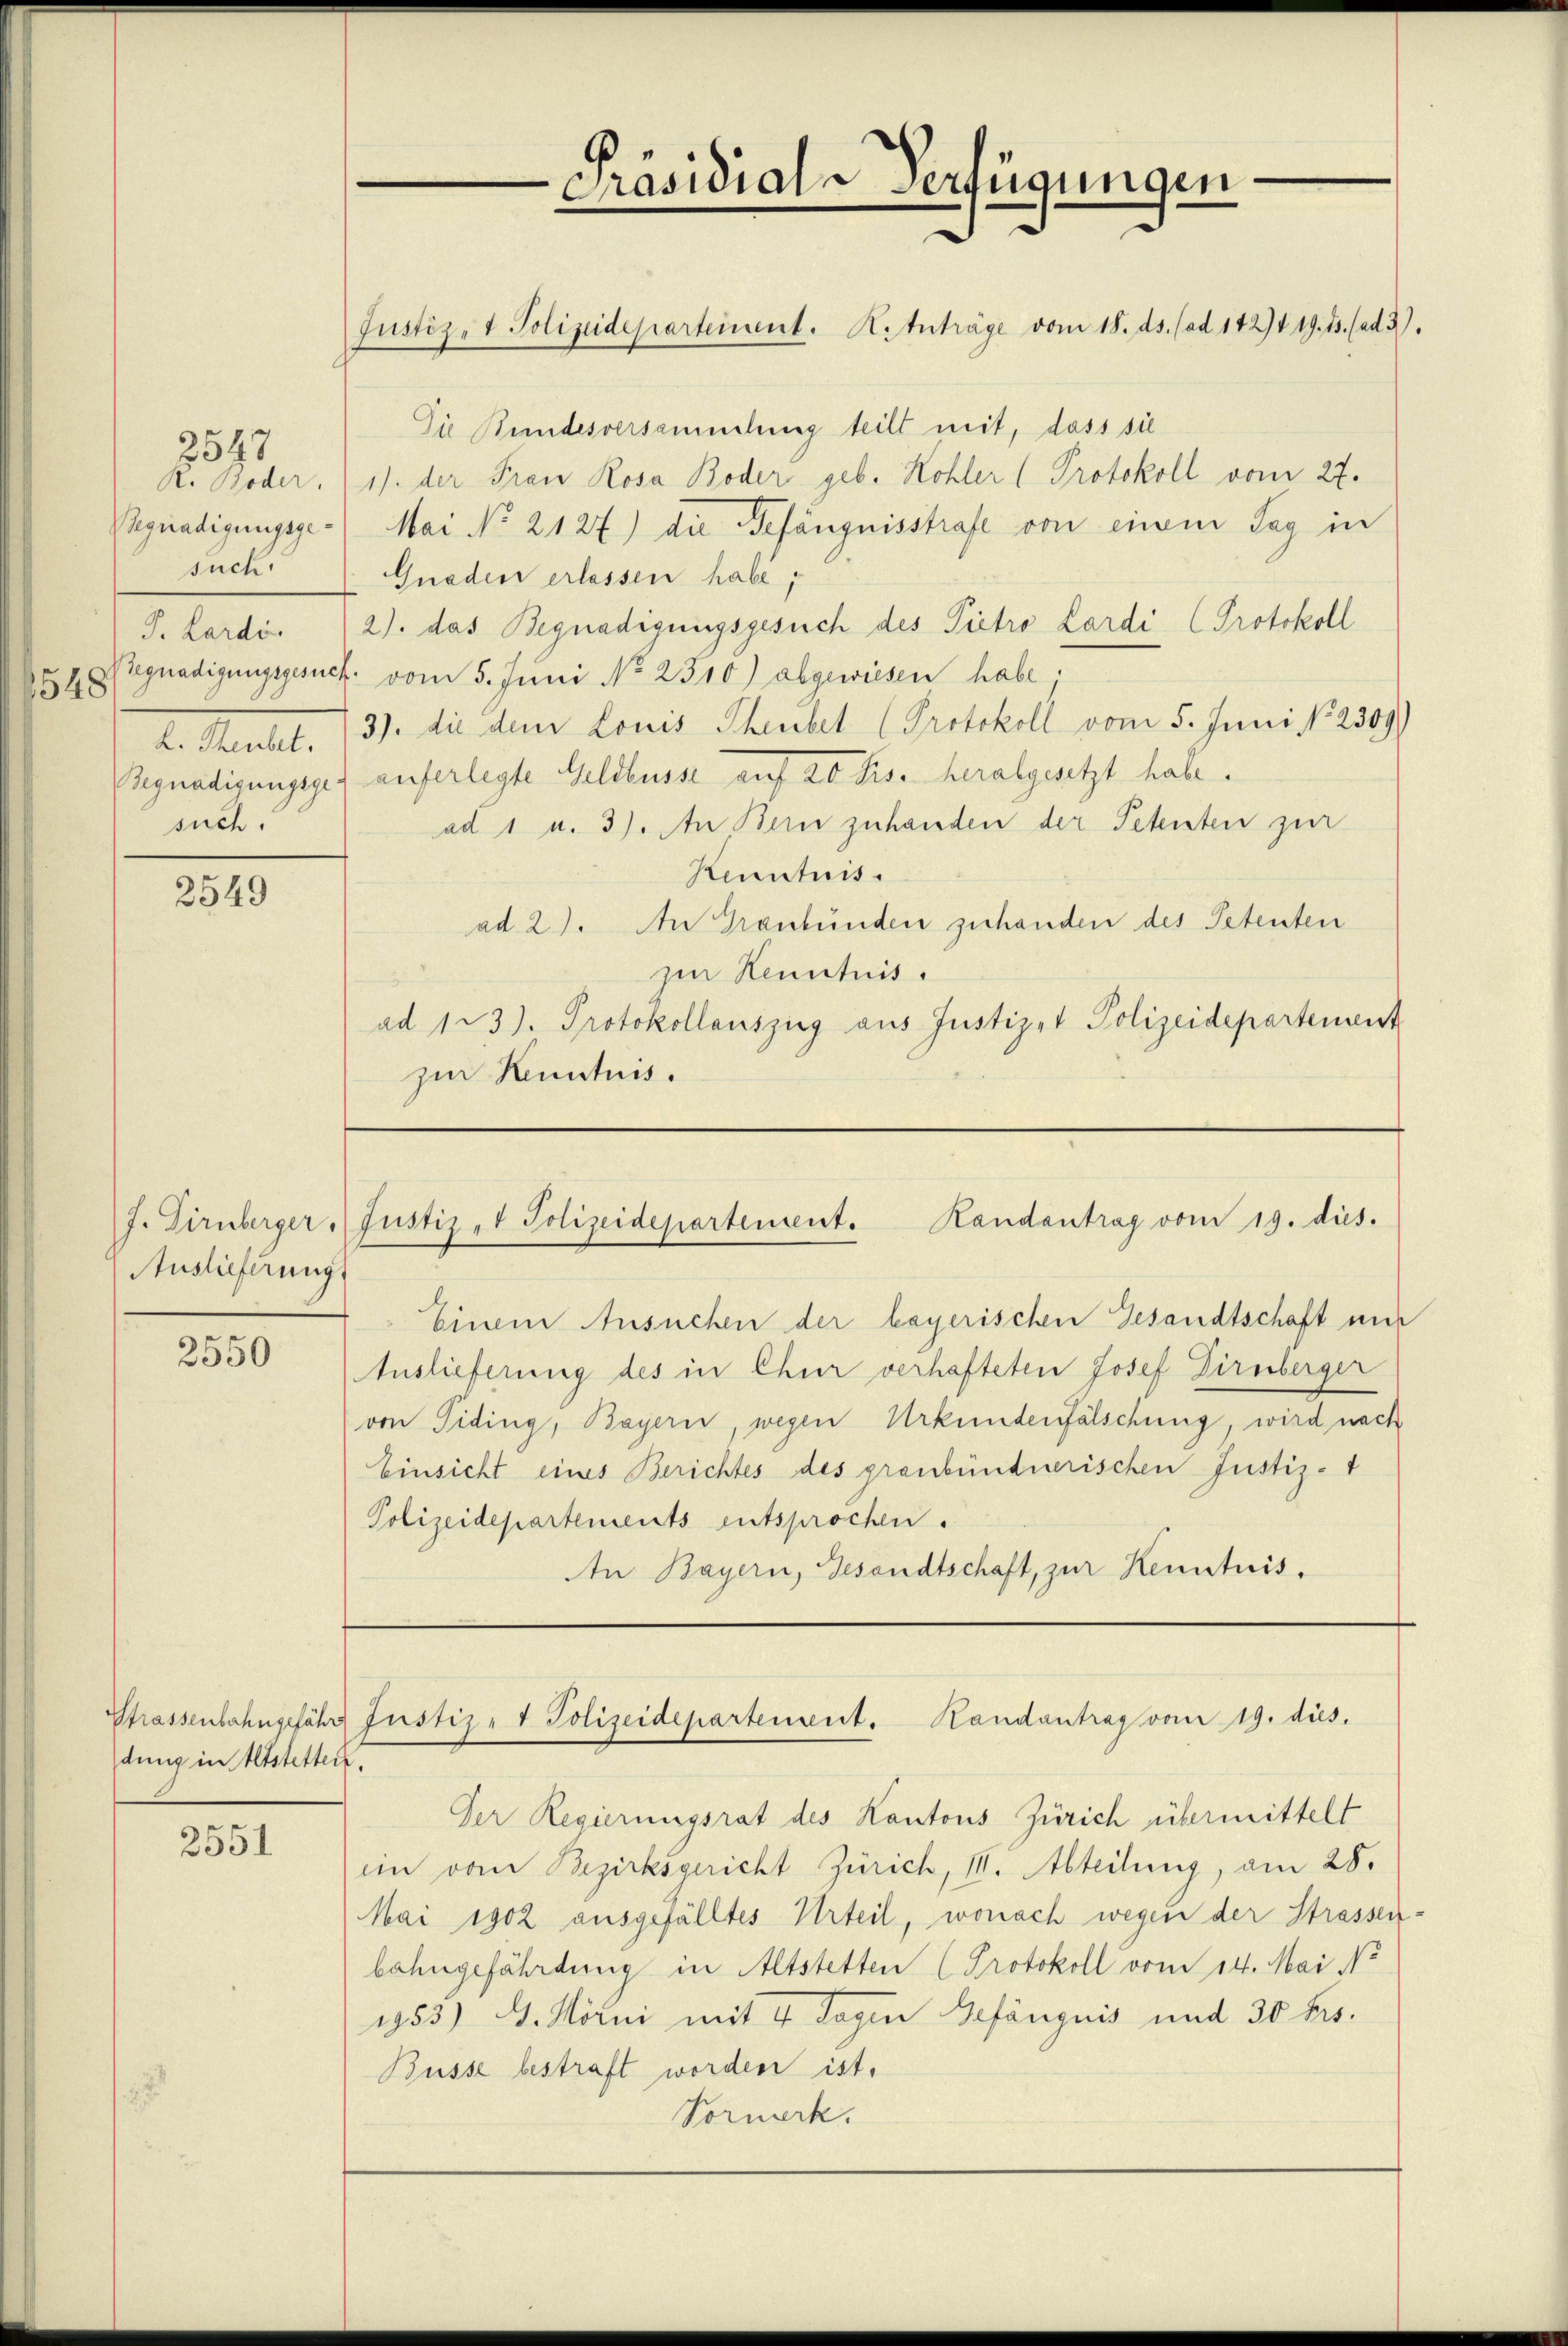
Begnadigungsgesuch
548
such.

2547

2549

J. Dirnberger
Auslieferung

2550

Ptrassenbahngefährt
dung in Altstetten.

2551

Präsidial-Verfügungen

ustiz- & Polizeidepartement. Handantrag vom 19. dies.

Einem Ansuchen der bayerischen Gesandtschaft und
Auslieferung des in Chur verhafteten Josef Dirnberger
von Piding, Bayern, wegen Urkundenfälschung, wird nach
Einsicht eines Berichtes des graubündnerischen Justiz-
Polizeidepartements entsprochen.
An Bayern, Gesandtschaft, zur Kenntnis.

Justiz- & Polizeideparteinent. Kotuträge vom 18. ds. (ad 1424 19. ds. (ad 3.
Die Bundesversammlung teilt mit, dass sie
R. Boder. (11. der Frau Rosa Boder geb. Kohler (Protokoll vom 27.
Mai No 2127) die Gefängnisstrafe von einem Tag in
Gnaden erlassen habe;
J. Lardi. 2. das Begnadigungsgesuch des Pietro Lardi (Protokoll
Begnadigungsgesuch vom 5. Juni No 2310) abgewiesen habe.
L. Stendet. 13. die dem Louis Theubel (Protokoll vom 5. Juni N. 2509)
Begnadigungsges auferlegte Geldbusse auf 20 bis heralgesetzt habe.
ad 1 u. 3). An Bern zuhanden der Petenten zur
Kenntnis.
ad 2). An Graubünden zuhanden des Petenten
zin Kenntnis.
ad 123). Protokollauszug aus Justizet Polizeidepartement
zur Kenntnis.

Justiz- & Polizeidepartement. Handantrag vom 19. dies.

Der Regierungsrat des Kantons Zürich übermittelt
ein vom Bezirksgericht Zürich, III. Abteilung, am 28.
Mai 1902 ausgefälltes Urteil, wonach wegen der Strassen-
bahngefährtung in Altstetten (Protokoll vom 14. Mai No
1953) G. Hörni mit 4 Tagen Gefängnis und 30 frs.
Büsse bestraft worden ist.
Vormerk.